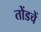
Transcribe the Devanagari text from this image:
तोंडचें